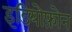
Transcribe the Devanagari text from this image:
इडियोफ़ोन